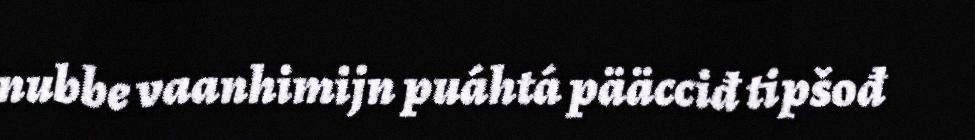
nubbe vaanhimijn puáhtá pääcciđ tipšođ